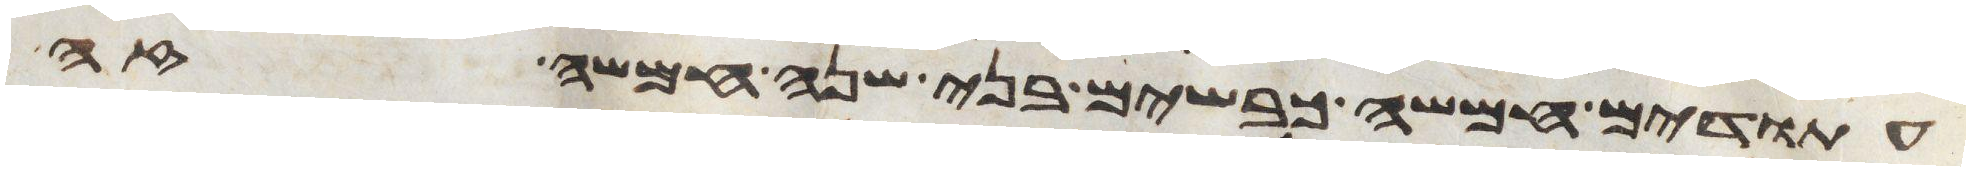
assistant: עתודים חמשה כבשים בני שנה חמשה זה